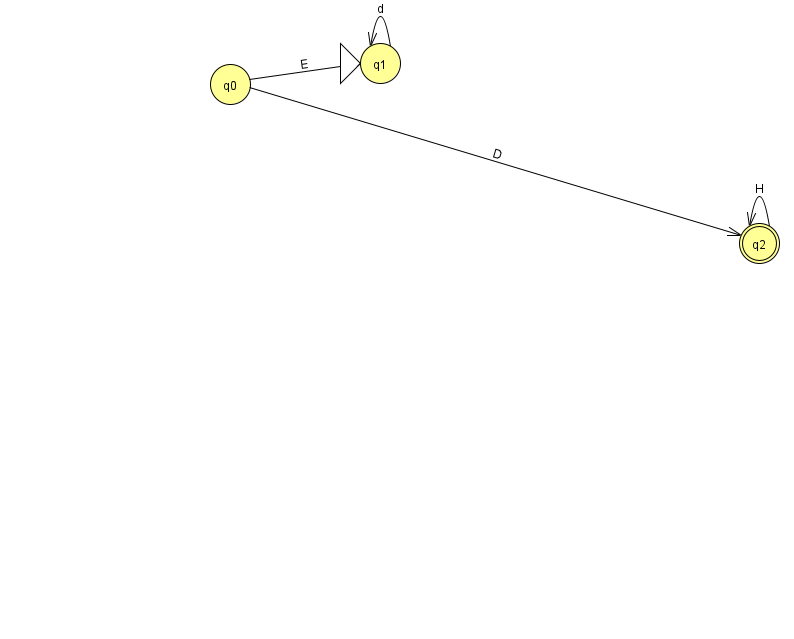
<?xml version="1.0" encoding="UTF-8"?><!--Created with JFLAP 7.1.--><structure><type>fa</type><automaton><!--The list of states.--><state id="0" name="q0"><x>230.0</x><y>71.0</y></state><state id="1" name="q1"><x>380.0</x><y>50.0</y><initial/></state><state id="2" name="q2"><x>759.0</x><y>230.0</y><final/></state><!--The list of transitions.--><transition><from>0</from><to>1</to><read>E</read></transition><transition><from>1</from><to>1</to><read>d</read></transition><transition><from>2</from><to>2</to><read>H</read></transition><transition><from>0</from><to>2</to><read>D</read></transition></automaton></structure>